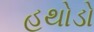
હથોડો